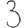
Digit: 3